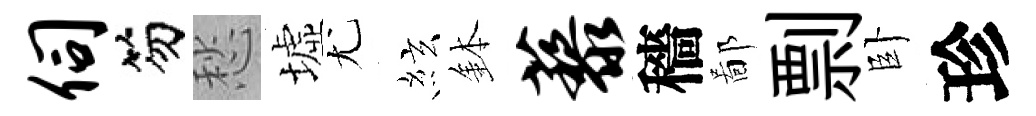
伺笏愁墟尤絃鉢藜穡鄙剽卧珍